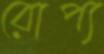
রোপ্য